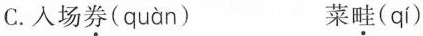
C.入场券( quàn ) 菜畦( qí )